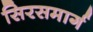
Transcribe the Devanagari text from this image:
सिरसमार्ग